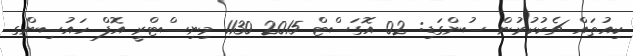
ކިއުތައް ޗެކުކުރުން ސުންގަޑި: 02 އޮގަސްޓް 2015 1130 މިނިސްޓްރީ އޮފް ހައުސިންގ